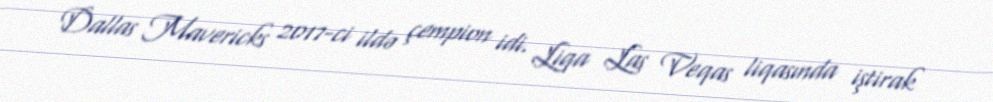
Dallas Mavericks 2017-ci ildə çempion idi. Liqa Las Veqas liqasında iştirak